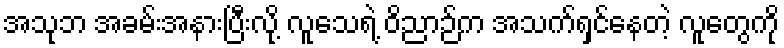
အသုဘ အခမ်းအနားပြီးလို့ လူသေရဲ့ ဝိညာဉ်က အသက်ရှင်နေတဲ့ လူတွေကို